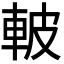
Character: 𮝌